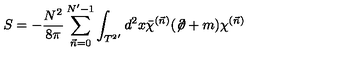
S = - \frac { N ^ { 2 } } { 8 \pi } \sum _ { \vec { n } = 0 } ^ { N ^ { \prime } - 1 } \int _ { { T ^ { 2 } } ^ { \prime } } d ^ { 2 } x \bar { \chi } ^ { ( \vec { n } ) } ( \not \! \partial + m ) \chi ^ { ( \vec { n } ) }